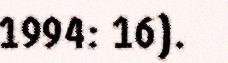
1994: 16).